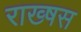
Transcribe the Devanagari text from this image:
राख्षस